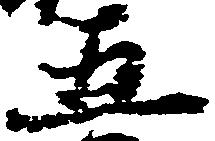
五